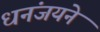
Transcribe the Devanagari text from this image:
धनंजयने